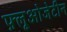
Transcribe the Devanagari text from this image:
फ़्लूओजेटीन